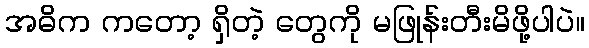
အဓိက ကတော့ ရှိတဲ့ တွေကို မဖြုန်းတီးမိဖို့ပါပဲ။